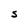
Character: S